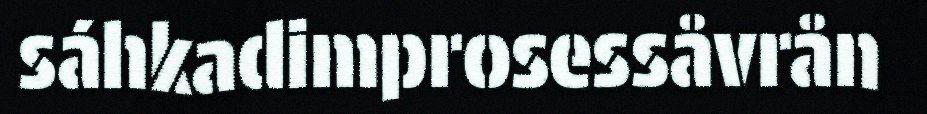
sáhkadimprosessåvrån